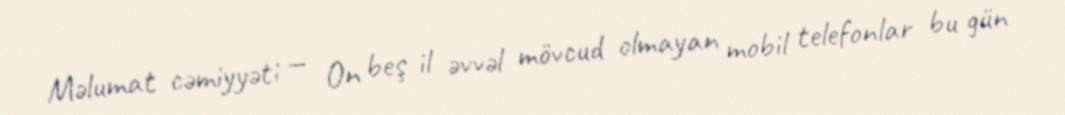
Məlumat cəmiyyəti — On beş il əvvəl mövcud olmayan mobil telefonlar bu gün